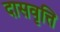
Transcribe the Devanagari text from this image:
दासवृत्ति